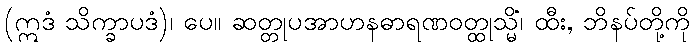
(ဣဒံ သိက္ခာပဒံ)၊ ပေ။ ဆတ္တုပအာဟနဓာရဏဝတ္ထုသ္မိံ၊ ထီး, ဘိနပ်တို့ကို